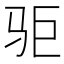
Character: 𱅃